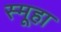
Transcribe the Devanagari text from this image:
स्मूहा